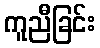
ကူညီခြင်း